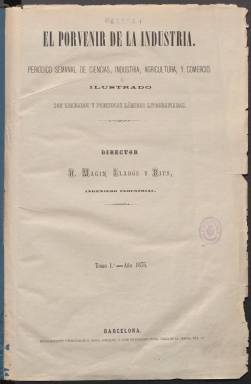
Título: El Porvenir de la industria
Colección: Industria
Ámbito geográfico: Barcelona
Lugar de publicación: Barcelona
Fechas: 01/01/1875-30/12/1876